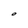
Character: O